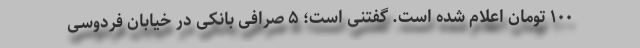
۱۰۰ تومان اعلام شده است. گفتنی است؛ ۵ صرافی بانکی در خیابان فردوسی